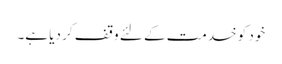
خود کو خدمت کے لئے وقف کر دیا ہے۔